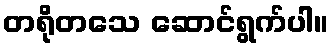
တရိုတသေ ဆောင်ရွက်ပါ။